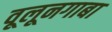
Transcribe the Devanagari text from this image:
वूलूनगाबा